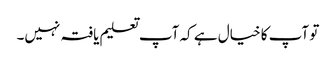
تو آپ کا خیال ہے کہ آپ تعلیم یافتہ نہیں۔